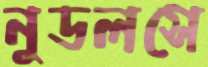
নুডলসে